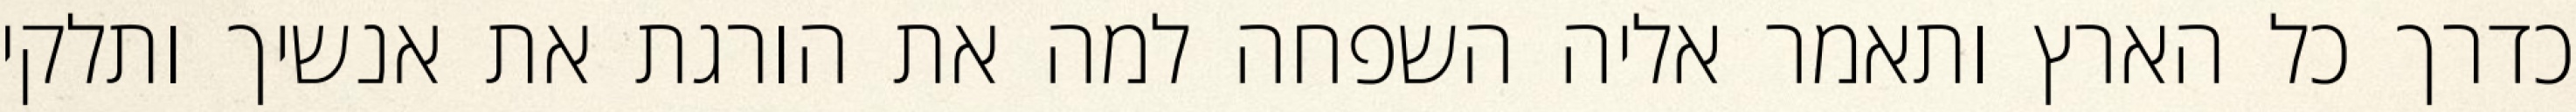
כדרך כל הארץ ותאמר אליה השפחה למה את הורגת את אנשיך ותלקי